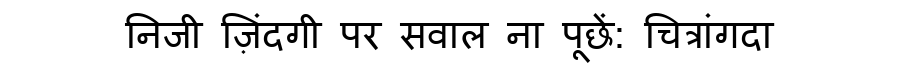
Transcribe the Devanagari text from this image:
निजी ज़िंदगी पर सवाल ना पूछें: चित्रांगदा